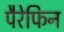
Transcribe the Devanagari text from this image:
पैरेफिन